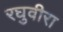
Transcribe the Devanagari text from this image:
रघुवीरा